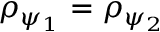
\rho _ { \psi _ { 1 } } = \rho _ { \psi _ { 2 } }